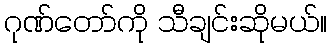
ဂုဏ်တော်ကို သီချင်းဆိုမယ်။